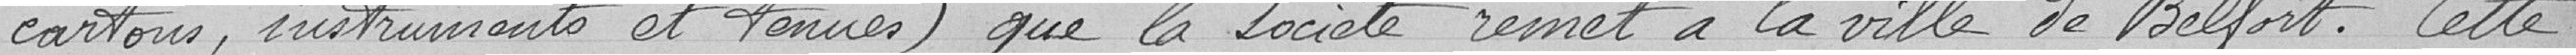
cartons, instruments et tenues) que la société remet à la ville de  Belfort. Cette